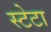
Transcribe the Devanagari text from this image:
स्टेटा